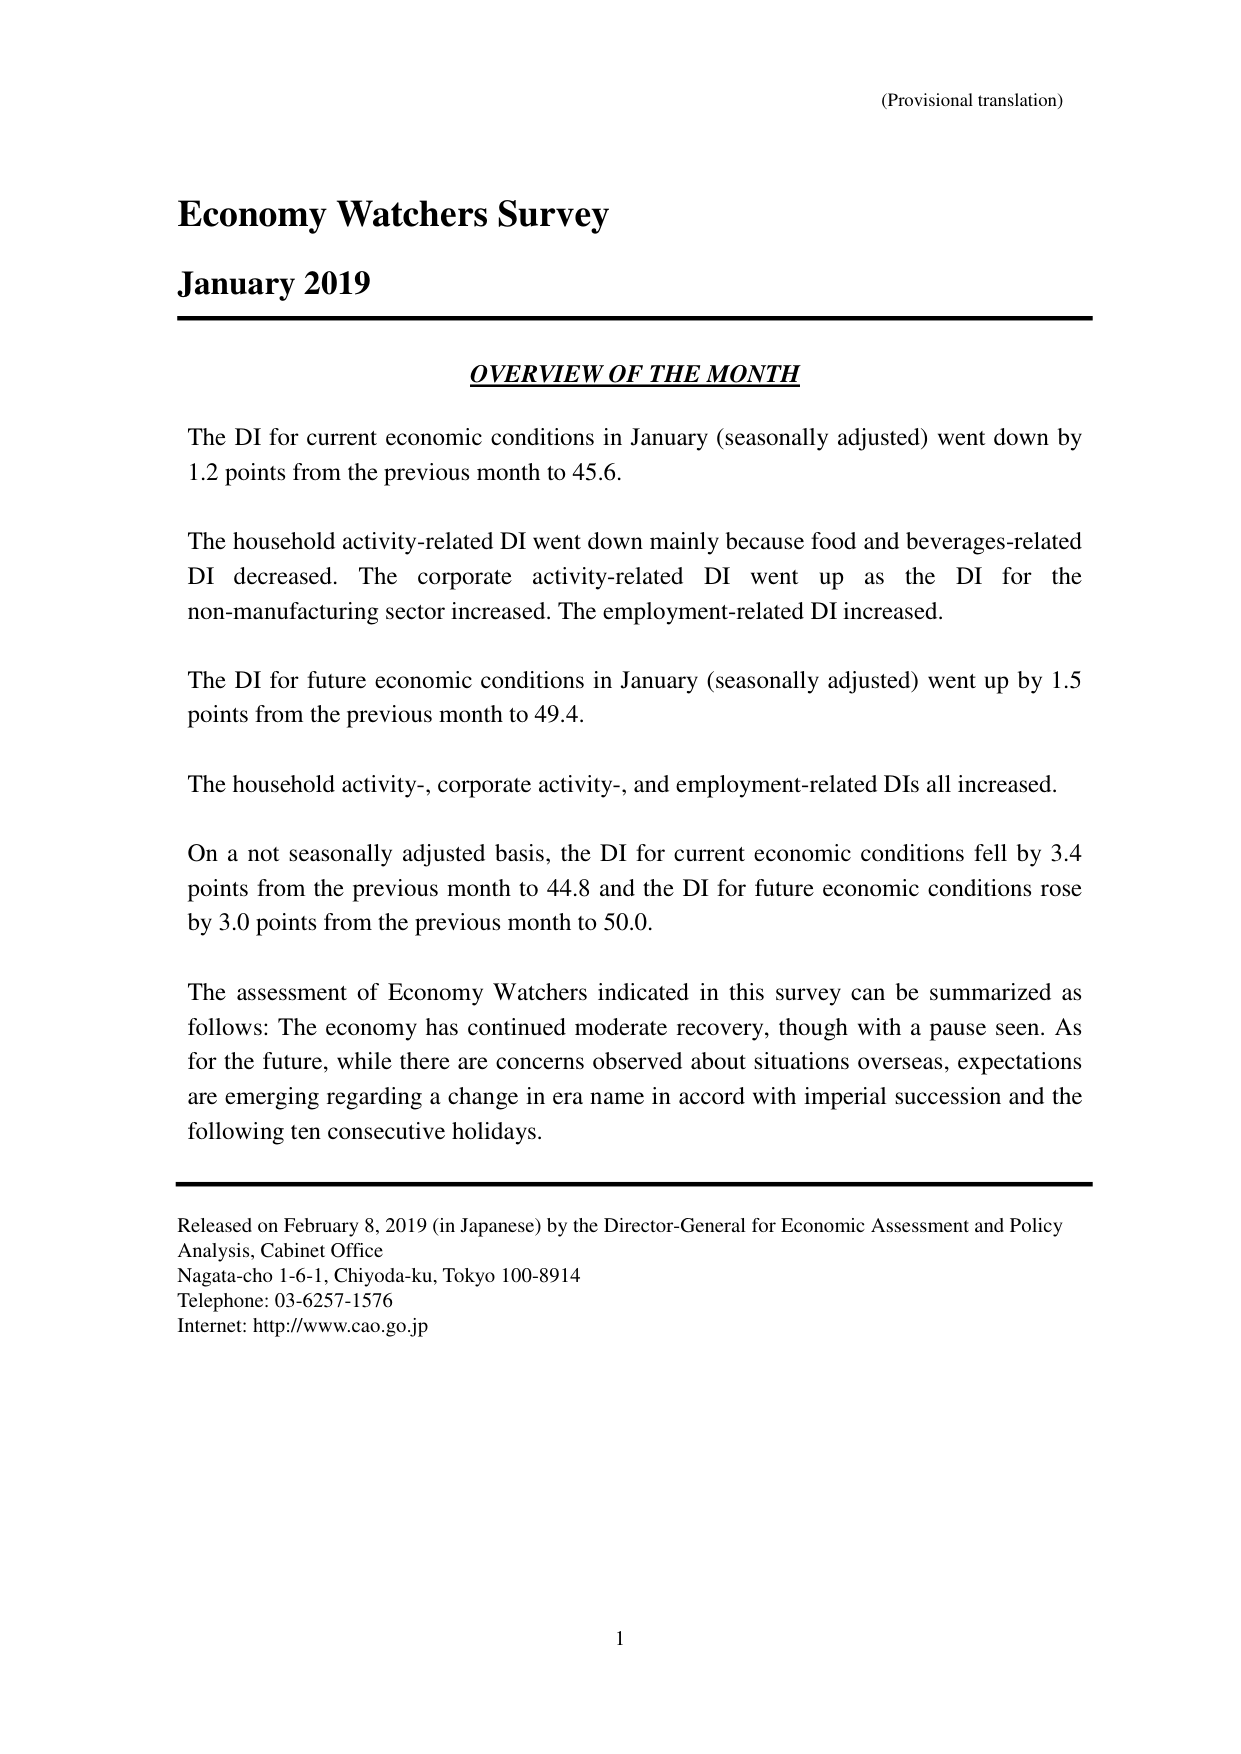
(Provisional translation)

Economy Watchers Survey
January 2019

OVERVIEW OF THE MONTH

The DI for current economic conditions in January (seasonally adjusted) went down by 1.2 points from the previous month to 45.6.

The household activity-related DI went down mainly because food and beverages-related DI decreased. The corporate activity-related DI went up as the DI for the non-manufacturing sector increased. The employment-related DI increased.

The DI for future economic conditions in January (seasonally adjusted) went up by 1.5 points from the previous month to 49.4.

The household activity-, corporate activity-, and employment-related DIs all increased.

On a not seasonally adjusted basis, the DI for current economic conditions fell by 3.4 points from the previous month to 44.8 and the DI for future economic conditions rose by 3.0 points from the previous month to 50.0.

The assessment of Economy Watchers indicated in this survey can be summarized as follows: The economy has continued moderate recovery, though with a pause seen. As for the future, while there are concerns observed about situations overseas, expectations are emerging regarding a change in era name in accord with imperial succession and the following ten consecutive holidays.

Released on February 8, 2019 (in Japanese) by the Director-General for Economic Assessment and Policy Analysis, Cabinet Office
Nagata-cho 1-6-1, Chiyoda-ku, Tokyo 100-8914
Telephone: 03-6257-1576
Internet: http://www.cao.go.jp

1